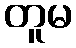
တူမ